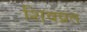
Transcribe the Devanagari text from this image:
शिवव्रत